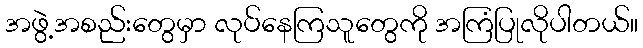
အဖွဲ့အစည်းတွေမှာ လုပ်နေကြသူတွေကို အကြံပြုလိုပါတယ်။